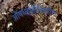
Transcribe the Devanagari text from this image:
औषधइंजीनियरिंग